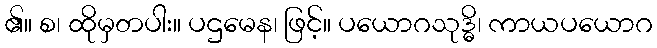
၏။ စ၊ ထိုမှတပါး။ ပဌမေန၊ ဖြင့်။ ပယောဂသုဒ္ဓိ၊ ကာယပယောဂ